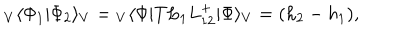
LaTeX: { } _ { V } \langle \Phi _ { 1 } | \Phi _ { 2 } \rangle _ { V } = { } _ { V } \langle \Phi | T L _ { 1 } L _ { 1 2 } ^ { + } | \Phi \rangle _ { V } = ( h _ { 2 } - h _ { 1 } ) ,